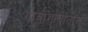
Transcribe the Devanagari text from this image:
गावांगावांतील